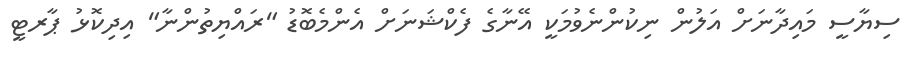
ސިޔާސީ މައިދާނަށް އަލުން ނިކުންނެވުމަކީ އޭނާގެ ފެކްޝަނަށް އެންމެބޮޑު "ރައްޔިތުންނާ" އިދިކޮޅު ޕާރޓީ